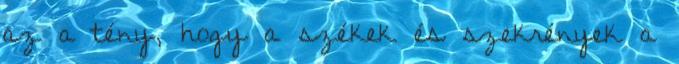
az a tény, hogy a székek és szekrények a